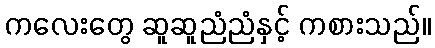
ကလေးတွေ ဆူဆူညံညံနှင့် ကစားသည်။